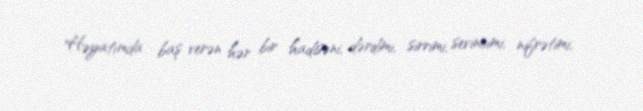
Həyatımda baş verən hər bir hadisəni, dərdimi, sirrimi, sevincimi, nifrətimi,